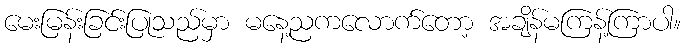
မေးမြန်းခြင်းပြုသည်မှာ မနေ့ညကလောက်တော့ အချိန်မကြန့်ကြာပါ။